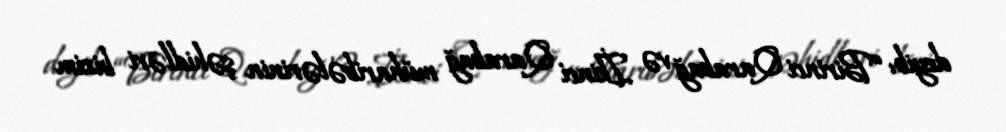
deyib: “Birinci Qarabağ və İkinci Qarabağ müharibələrinin şəhidləri bizim